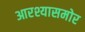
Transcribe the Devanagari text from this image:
आरश्यासमोर